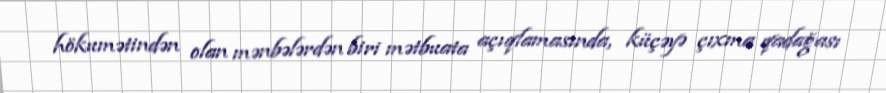
hökumətindən olan mənbələrdən biri mətbuata açıqlamasında, küçəyə çıxma qadağası